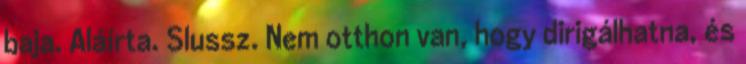
baja. Aláírta. Slussz. Nem otthon van, hogy dirigálhatna, és